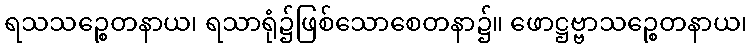
ရသသဉ္စေတနာယ၊ ရသာရုံ၌ဖြစ်သောစေတနာ၌။ ဖောဋ္ဌဗ္ဗာသဉ္စေတနာယ၊